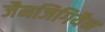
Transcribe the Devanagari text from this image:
जैनजिगियैन